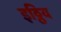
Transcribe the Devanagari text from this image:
इठ्ठिय